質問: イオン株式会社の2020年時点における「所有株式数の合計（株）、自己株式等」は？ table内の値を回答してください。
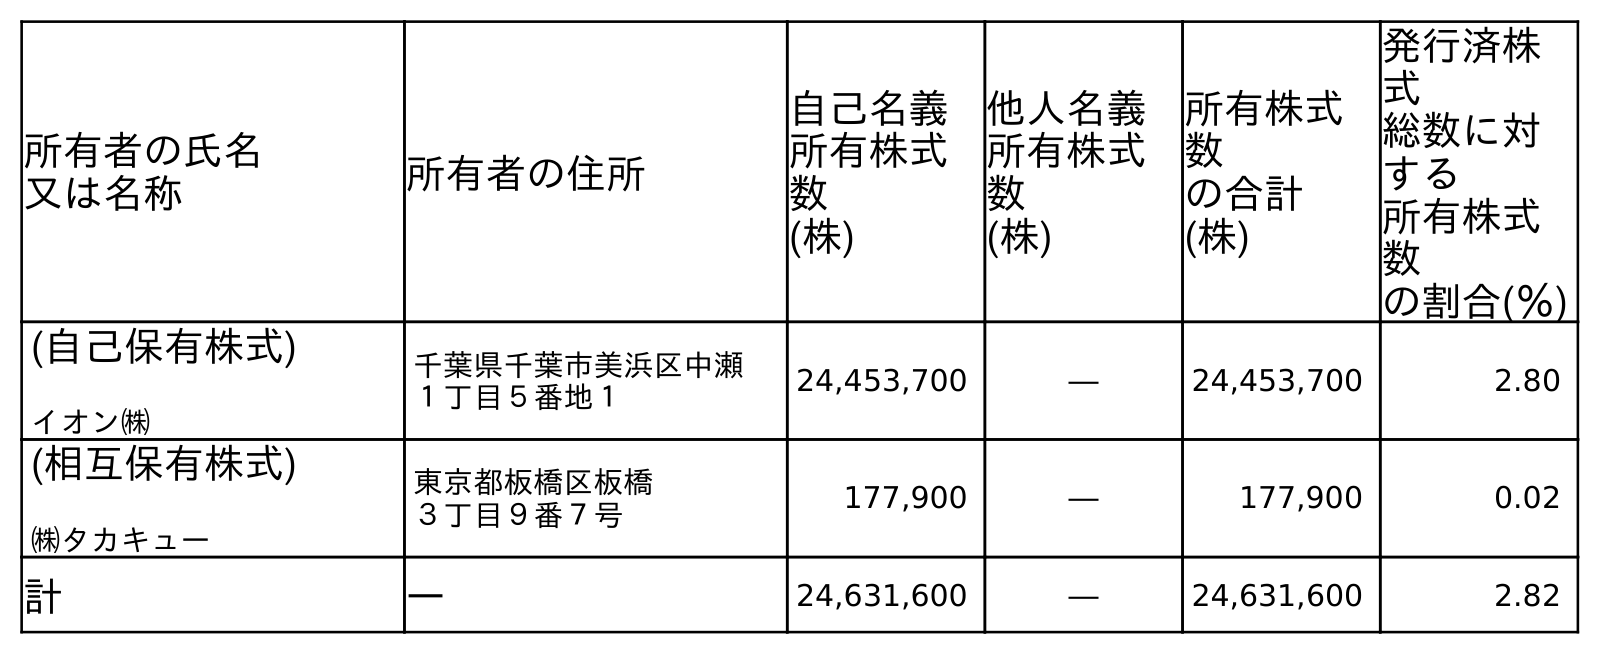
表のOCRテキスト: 所有者の氏名 又は名称 所有者の住所 自己名義 所有株式 数 (株) 他人名義 所有株式 数 (株) 所有株式 数 の合計 (株) 発行済株 式 総数に対 する 所有株式 数 の割合(％) (自己保有株式) イオン㈱ 千葉県千葉市美浜区中瀬 １丁目５番地１ 24,453,700 ― 24,453,700 2.80 (相互保有株式) ㈱タカキュー 東京都板橋区板橋 ３丁目９番７号 177,900 ― 177,900 0.02 計 ― 24,631,600 ― 24,631,600 2.82
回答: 24,631,600